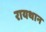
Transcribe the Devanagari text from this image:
रायथान